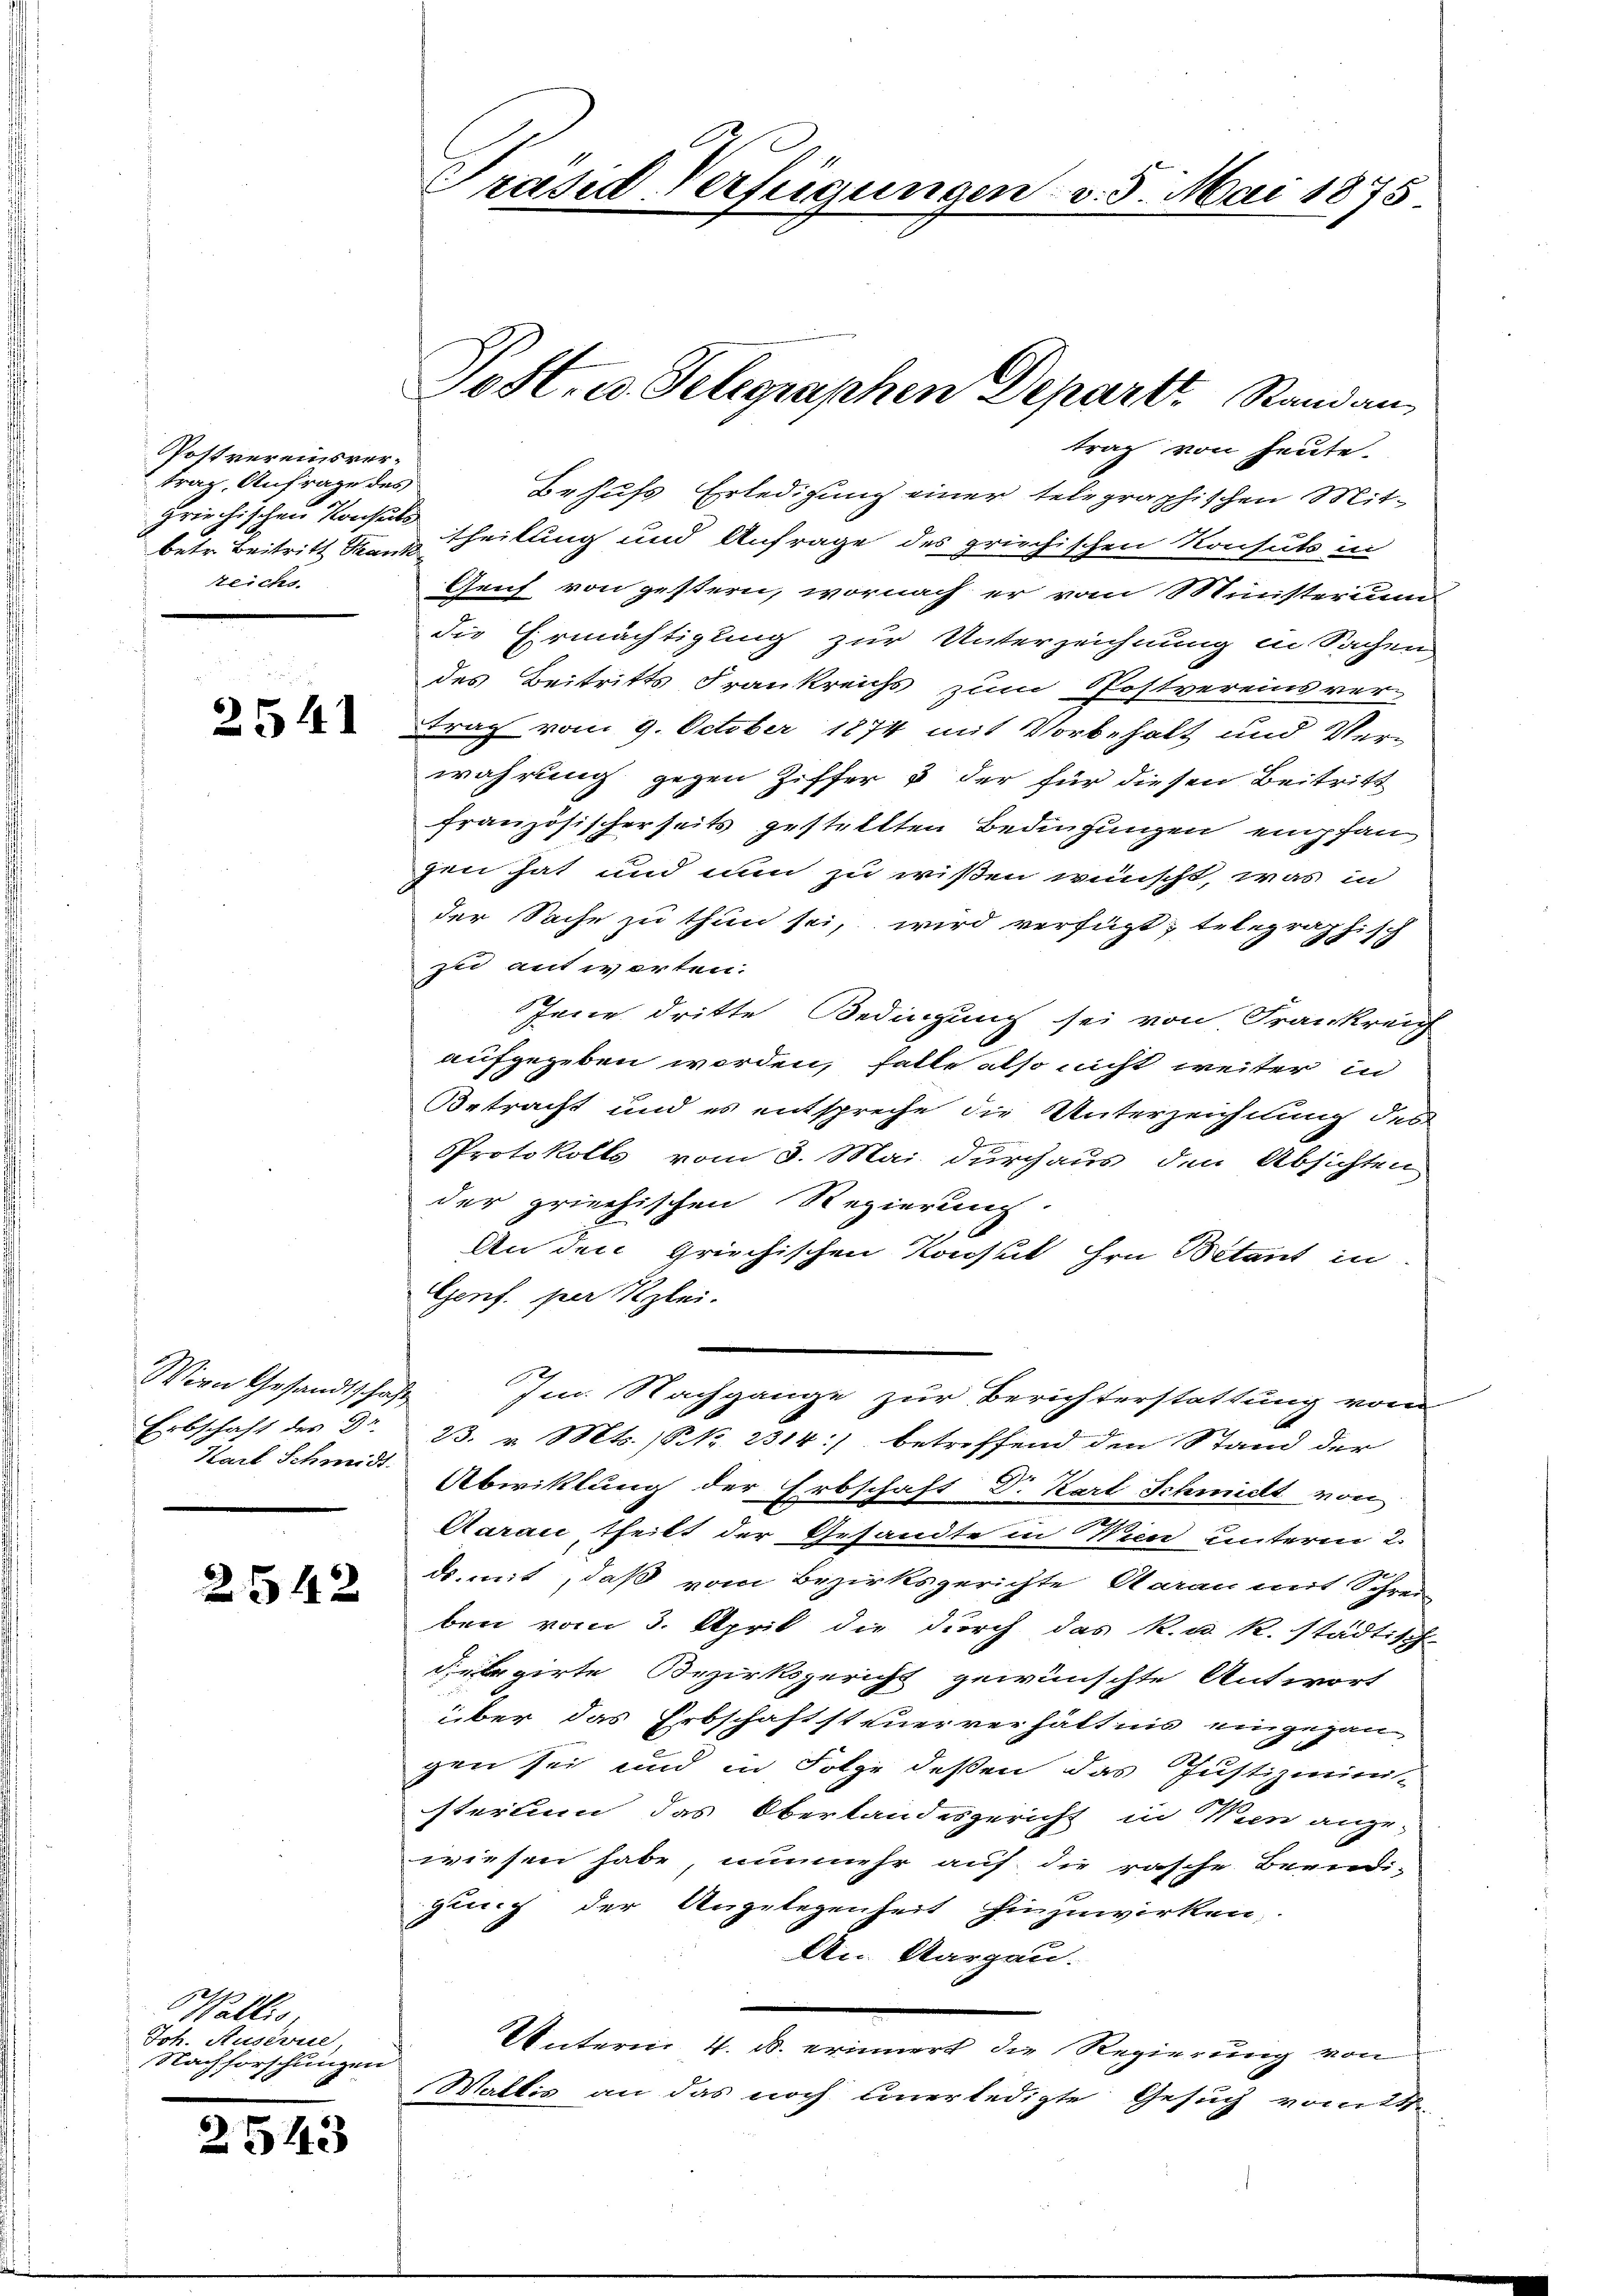
Postvereinsvertrag, Anfrage des
griechischen Konseits
Reichs.

2541

Wirn Gesandtschafte
Karl Schmidt.

2542

Wallis
Joh. Auserne
Nachforschungen

2543

trag von heute.
Behufs Erledigung einer telegraphischen Mit-
betr. Beitritt der Theilung und Anfrage des griechischen Konsuls in
Genf von gestern, wornach er vom Münsterum
die Ermächtigung zur Unterzeichnung in Sachen
des Beitritts Frankreichs zum Postvereins ver-
trag vom 9. October 1874 mit Vorbehalt und Ver-
wahrung gegen Ziffer & der für diesen Beitritt
französischerseits gestellten Bedingungen empfan
gen hat und nun zu wißen wünscht, was in
der Sache zu thun sei, wird verfügt, telegraphisch
zu antworten.
Jene dritte Bedingung sei von Frankreig
aufgegeben worden, falle also nicht weiter in
Betracht und es entspreche die Unterzeichnung des
Protokolls vom 3. Mai durchaus den Absichten
der griechischen Regierung.
An den griechischen Konsul hrn. Bitant in
Genf. per Klei
Im Nachgange zur Berichterstattung vom
Erbschaft des Dr. 23. v. Mts. (S. 2314:) betreffend den Stand der
Abwittlung der Erbschaft Dr. Karl Schmidt von
Aarau, theilt der Gesandte in Wien unterm 2.
ds. mit, daß vom Bezirksgerichte Acaran mit Schrei-
ben vom 3. April die durch das k. u. R. städtisch-
delegirte Bezirksgericht gewünschte Antwort
über das Erbschaftsteuerverhältnis eingegan
gen sei und in Folge deßen das Justizmini-
sterium das Oberlandesgericht in Wien ange-
wiesen habe, nunmehr auf die rasche Beendi-
gung der Angelegenheit hinzuwirken,
An Aargau.
Unterm 4. d. erinnert die Regierung von
Mattis an das noch einerledigte Gesuch vom 24.

Präsid-Verfügungen v. 3. Mai 1875

Post, u. Telegraphen Depart. Standan